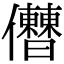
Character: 𠑤